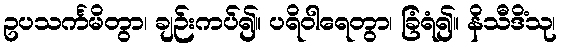
ဥပသင်္ကမိတွာ၊ ချဉ်းကပ်၍။ ပရိဝါရေတွာ၊ ခြံရံ၍။ နိသီဒိံသု၊